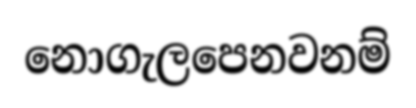
නොගැලපෙනවනම්